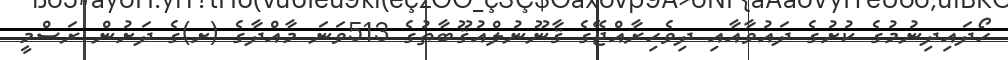
ހޯދައިދިނުމުގެ ކުށުގެ ދައުވާއާއި ދިވެހިރާއްޖޭގެ ޤާނޫނުލްއުޤޫބާތުގެ 513ވަނަ މާއްދާގެ (ށ)ގެ ދަށުން ރަސްމީ